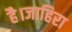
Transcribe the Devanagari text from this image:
है।जाहिरा